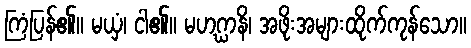
ကြံပြန်၏။ မယှံ၊ ငါ၏။ မဟဂ္ဃာနိ၊ အဖိုးအများထိုက်ကုန်သော။